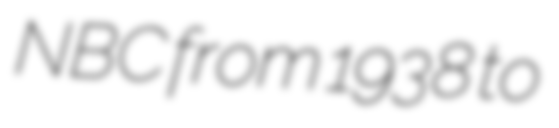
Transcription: NBC from 1938 to